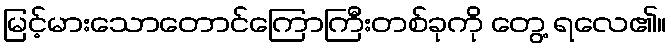
မြင့်မားသောတောင်ကြောကြီးတစ်ခုကို တွေ့ ရလေ၏။